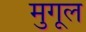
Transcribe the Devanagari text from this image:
मुगूल